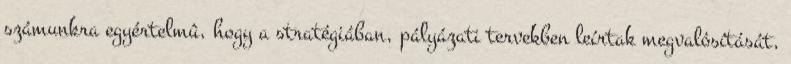
számunkra egyértelmû, hogy a stratégiában, pályázati tervekben leírtak megvalósítását,